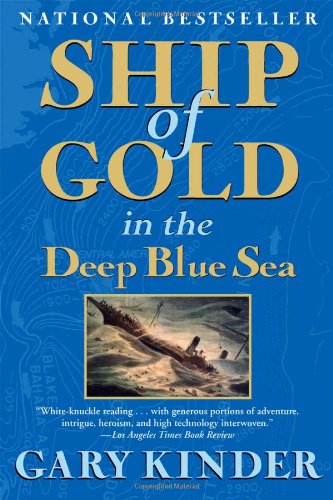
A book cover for Ship of Gold in the Deep Blue Sea: The History and Discovery of the World's Richest Shipwreck; Gary Kinder; Engineering & Transportation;